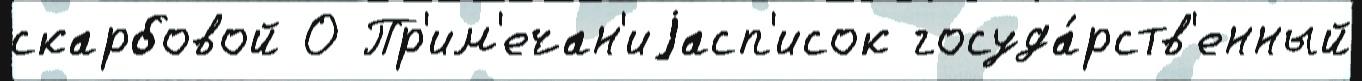
скарбовой О Пр'им'ечан'иjасп'исок госуда́рств'енный